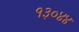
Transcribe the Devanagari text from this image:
१३०४४